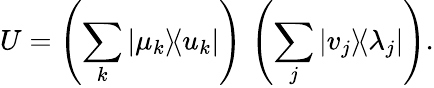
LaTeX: U=\left(\sum_{k}|\mu_{k}\rangle\! \langle u_{k}|\right)\, \left(\sum_{j}|v_{j}\rangle\! \langle\lambda_{j}|\right).